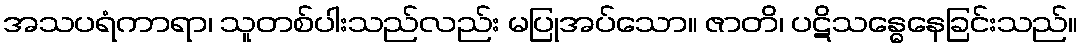
အသပရံကာရာ၊ သူတစ်ပါးသည်လည်း မပြုအပ်သော။ ဇာတိ၊ ပဋိသန္ဓေနေခြင်းသည်။